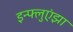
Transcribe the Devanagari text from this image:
इन्‍फ्लुएंझा